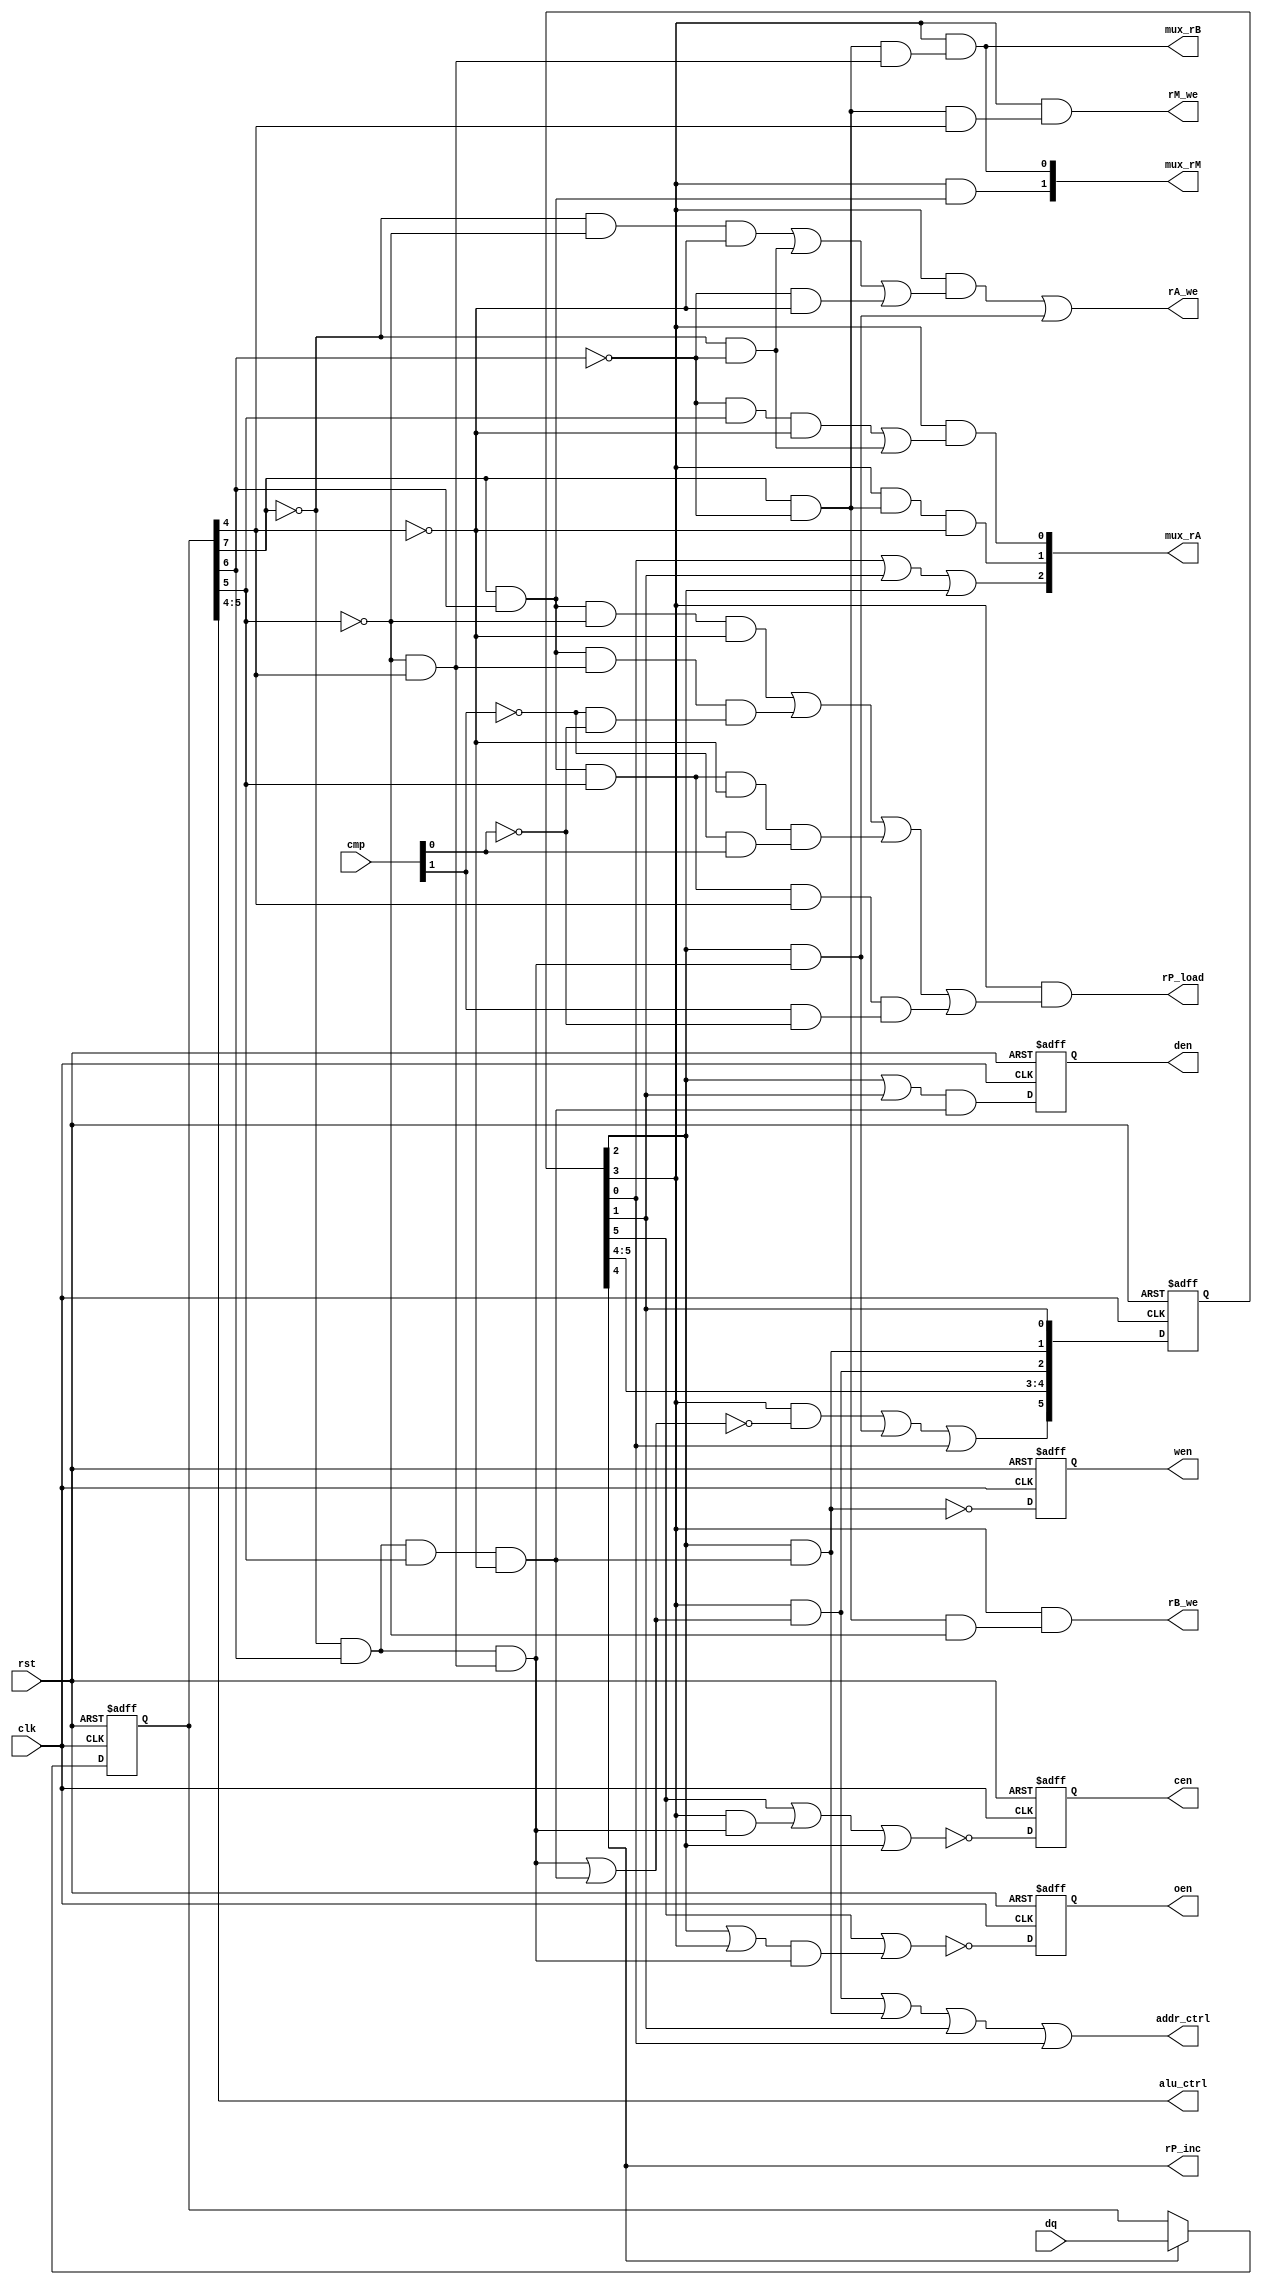
//--------------------------------------------------------------------
// Name: Omkar Girish Kamath
// Description: Provides all the control signal for CPU function such
// as for MUXes, write enable for registers, ALU etc. Optimised 
// version.
//--------------------------------------------------------------------

   module cpu_ctrl_op (
                       dq,     // input from sram_ctrl
                       rst,
                       clk,
                       cmp,      // compare result sig in
                       mux_rA,   // control sig for register MUXes
                       rA_we,
                       mux_rB,
                       rB_we,
                       mux_rM,
                       rM_we,
                       den,      // control sig for SRAM ctrl
                       cen,
                       wen,
                       oen,
                       alu_ctrl, // control sig for ALU
                       rP_inc,   // control sig for rP
                       rP_load,
                       addr_ctrl// address control signal to SRAM ctrl
                       );

   //----------------------------------------------------------------------
   // Instruction Set
   //----------------------------------------------------------------------
   //Arithmetic and Logic
   localparam     AND   = 4'h0;            // A = A && B
   localparam     OR    = 4'h1;            // A = A || B
   localparam     INV   = 4'h2;            // A = ~A
   localparam     ADD   = 4'h3;            // A = A + B

   // Data Movement from and to memory
   localparam     LDI   = 4'h4;            // A = {A[3:0], instr[3:0]}
   localparam     LDM   = 4'h5;            // A = mem(M)
   localparam     STM   = 4'h6;            // mem(M) = A

   // Data Movement within registers
   localparam     SWAB  = 4'h8;            // A <-> B
   localparam     SWMB  = 4'h9;            // M <-> B
   localparam     CPPA  = 4'hA;            // A <-- P
   localparam     CPAM  = 4'hB;            // M <-- A

   // Jumps and branching
   localparam     JU    = 4'hC;            // Always   P <-> M
   localparam     JE    = 4'hD;            // A == B ? P <-> M
   localparam     JL    = 4'hE;            // A < B  ? P <-> M
   localparam     JG    = 4'hF;            // A > B  ? P <-> M

   //--------------------------------------------------------------------
   // Processor States
   //--------------------------------------------------------------------
   localparam IDLE    = 6'b100000;
   localparam FETCH   = 6'b010000;
   localparam EXEC    = 6'b001000;
   localparam MEMACC1 = 6'b000100;
   localparam MEMACC2 = 6'b000010;
   localparam MEMACC3 = 6'b000001;
   
   // Compare Results
   localparam EQ = 2'b00;
   localparam LT = 2'b01;
   localparam GT = 2'b10;

   //--------------------------------------------------------------------
   // Inputs
   //--------------------------------------------------------------------
   input wire        clk;
   input wire        rst;
   input wire [7:0]  dq ;
   input wire [1:0]  cmp;

   //--------------------------------------------------------------------
   // Outputs
   //--------------------------------------------------------------------
   output wire [2:0] mux_rA;
   output wire       mux_rB;
   output wire [1:0] mux_rM;
   output reg        den;
   output reg        cen;
   output reg        wen;
   output reg        oen;
   output wire [1:0] alu_ctrl;
   output wire       rP_inc;
   output wire       rP_load;
   output wire       addr_ctrl;
   output wire       rA_we;
   output wire       rB_we;
   output wire       rM_we;

   //--------------------------------------------------------------------
   // Internals
   //--------------------------------------------------------------------
   reg [5:0]         state;
   reg [7:0]         inst;
   wire [2:0]        in;
   wire              nota;
   wire              den_fc ;
   wire              inst_we;
   wire              cen_fc ;
   wire              cen_sc ;
   wire              cen_tc ;
   wire              wen_fc;
   wire              ac_fc;
   wire              ac_sc;
   wire              rpl_fc;
   wire              rpl_sc;
   wire              rpl_tc;
   wire              rpl_fourth_case;
   wire              oen_fc;
   wire              oen_sc;

   //--------------------------------------------------------------------
   // Redundancy Eliminator
   //--------------------------------------------------------------------
   wire              notfivefour;
   assign notfivefour = (~inst[5]) && (inst[4]);
   
   wire              sevsix;
   assign sevsix = (inst[7]) && (inst[6]);
   
   wire              sevnotsix;
   assign sevnotsix = (inst[7]) && (~inst[6]);

   wire              notsevnotsix;
   assign notsevnotsix = (~inst[7]) && (~inst[6]);
   
   wire              stm;
   assign stm = ((~inst[7]) && (inst[6]) && (inst[5]) && (~inst[4]));
   
   wire              ldm;
   assign ldm = ((~inst[7]) && (inst[6]) && notfivefour);
   
   wire              swmb;
   assign swmb = sevnotsix && notfivefour;
      
   //--------------------------------------------------------------------
   // Instruction Indicator
   //--------------------------------------------------------------------
   assign nota = ~(ldm || stm);
   assign in = {nota,ldm,stm};
   
   //--------------------------------------------------------------------
   // Processor State Machine
   //--------------------------------------------------------------------
   always @(posedge clk or negedge rst)
     begin
        if (rst == 1'b0)
          begin
             state <= 6'b100000;
          end
        else
          begin
             state[0] <= state[1];
             state[1] <= state[2] && in[0];
             state[2] <= state[3] && (in[0] || in[1]);
             state[3] <= state[4];
             state[4] <= state[5];
             state[5] <= (state[3] && in[2]) || (state[2] && in[1]) || 
                         (state[0]);
          end
     end // always @ (posedge clk or negedge rst)

   
   //--------------------------------------------------------------------
   // Instruction Register
   //--------------------------------------------------------------------
   assign inst_we = (state[4]);
   
   always@ (posedge clk or negedge rst)
     begin
        if (rst == 'b0)
          begin
             inst <= 'b0;
          end
        else
          if (inst_we == 'b1)
            begin
               inst <= dq;  
            end
     end // always@ (posedge clk or negedge rst)

   //--------------------------------------------------------------------
   // rA MUX and we control
   //--------------------------------------------------------------------
   assign rA_we = (state[3]) && 
                  ((~inst[7]) && (~inst[5]) && 
                   (~inst[4]) || notsevnotsix || 
                   (~inst[6]) && (~inst[4])) ||
                  (state[2] && ldm);
   assign mux_rA[1] = (state[3]) && sevnotsix && (~inst[4]) ;
   assign mux_rA[2] = state[0] || state[1] || state[2];
   assign mux_rA[0] = (state[3]) && ((~inst[6]) && (inst[5]) && 
                                     (~inst[4]) || notsevnotsix);

   //--------------------------------------------------------------------
   // rB MUX and we control
   //--------------------------------------------------------------------
   assign mux_rB = ((state[3])) && swmb;
   assign rB_we  = ((state[3])) && (sevnotsix && (~inst[5]));

   //--------------------------------------------------------------------
   // rM MUX control
   //--------------------------------------------------------------------
   assign rM_we = ((state[3])) && (sevnotsix && (inst[4]));
   assign mux_rM[0] = ((state[3])) && swmb;
   assign mux_rM[1] = ((state[3])) && sevsix;

   //--------------------------------------------------------------------
   // den control
   //--------------------------------------------------------------------
   assign den_fc = ((state[2]) || (state[1])) && stm;
   
   always @(posedge clk or negedge rst)
     begin
        if (rst == 'b0)
          begin
             den <= 1'b0;
          end
        else
          begin
             den <= den_fc;
          end
     end

   //--------------------------------------------------------------------
   // cen control
   //--------------------------------------------------------------------
   assign cen_fc = (state[5]);
   assign cen_sc = (state[3]) && ldm;
   assign cen_tc = (state[2]);
   
   always @(posedge clk or negedge rst)
     begin
        if (rst == 'b0)
          begin
             cen <= 1'b1;
          end
        else
          begin
             cen <= ~(cen_fc || cen_sc || cen_tc);
          end
     end

   //--------------------------------------------------------------------
   // wen control
   //--------------------------------------------------------------------
   assign wen_fc = (state[2]) && stm;
   
   always @(posedge clk or negedge rst)
     begin
        if (rst == 'b0)
          begin
             wen <= 1'b1;
          end
        else
          begin
             wen <= ~wen_fc;
          end
     end

   //--------------------------------------------------------------------
   // oen control
   //--------------------------------------------------------------------
   assign oen_fc = (state[5]);
   assign oen_sc = (state[2] || state[3]) && ldm;
   
   always @(posedge clk or negedge rst)
     begin
        if (rst == 'b0)
          begin
             oen <= 1'b1;
          end
        else
          begin
             oen <= ~(oen_fc || oen_sc);
          end
     end

   //--------------------------------------------------------------------
   // alu control
   //--------------------------------------------------------------------
   assign alu_ctrl = inst[5:4]; 
   
   //--------------------------------------------------------------------
   // program counter increment control
   //--------------------------------------------------------------------
   assign rP_inc = (state[4]);
   
   //--------------------------------------------------------------------
   // program counter load from rM control
   //--------------------------------------------------------------------
   assign rpl_fc = (sevsix && (~inst[5]) && (~inst[4]));
   assign rpl_sc = (sevsix && notfivefour) && 
                   ((~cmp[1]) && (~cmp[0])) ;
   assign rpl_tc = (sevsix && (inst[5]) && (~inst[4])) && 
                   ((~cmp[1]) && cmp[0]) ;
   assign rpl_fourth_case = (sevsix && (inst[5]) && (inst[4])) && 
                            (cmp[1] && (~cmp[0])) ;
   assign rP_load = ((state[3])) && 
                    (rpl_fc || rpl_sc || rpl_tc || rpl_fourth_case);
   
   //--------------------------------------------------------------------
   // Address control signal for MUX
   //--------------------------------------------------------------------   
   assign ac_fc =  state[3] && (ldm || stm);
   assign ac_sc =  state[2] && stm;
   assign addr_ctrl = ac_fc || ac_sc || state[1] || state[0];
   
endmodule